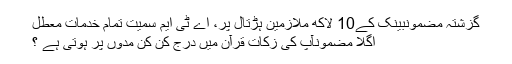
گزشتہ مضمونبینک کے10 لاکھ ملازمین ہڑتال پر، اے ٹی ایم سمیت تمام خدمات معطل
اگلا مضمونآپ کی زکات قرآن میں درج کن کن مدوں پر ہوتی ہے ؟